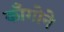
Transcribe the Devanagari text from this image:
काँगोने